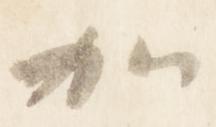
加